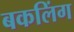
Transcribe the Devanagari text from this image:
बकलिंग